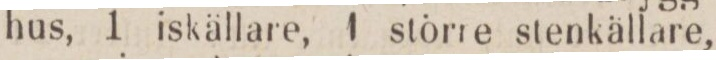
hus, 1 iskällare, 1 större stenkällare,